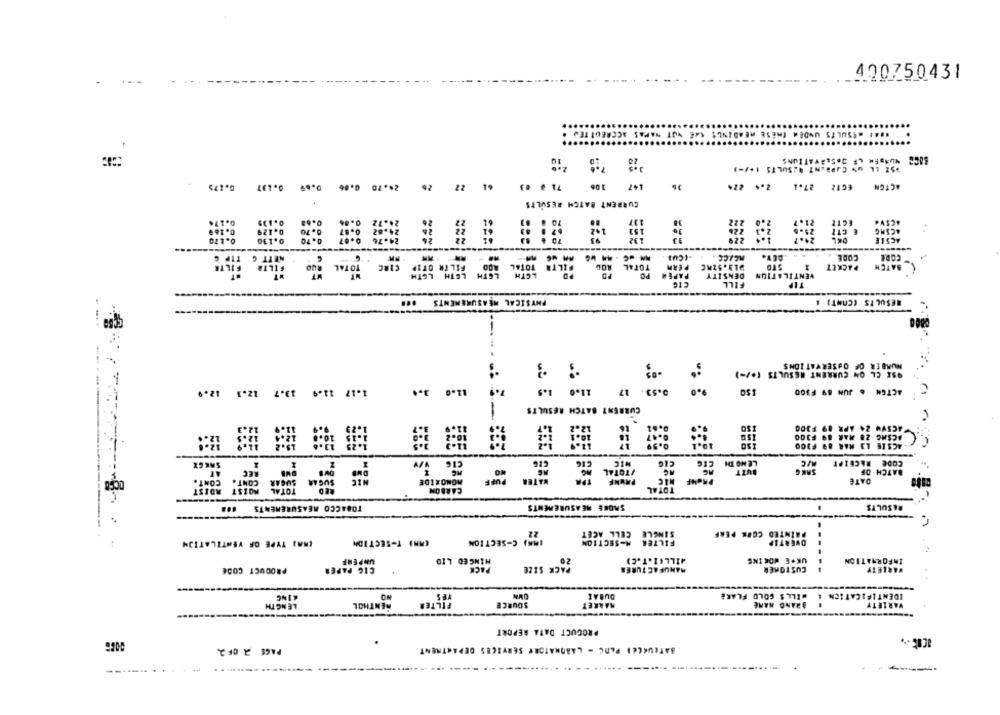
420750431
NUMBER LF DeSEAYATIUNS
0.275
0.69 0.137
0.86
24.70
26
22
71 0 03
147 106
2.4 224
EGTZ 27.1
ACTON
CURRENT BATCH RESULTS
0.174
0.135
ECTE
ACSVE
0.125
0.70
ACSHE
0.169
.
0.170
0.130
ACSIE
-----
NETT C
MCACC.
CODE
CODE
TOTAL NUO FILIA FILTR
CIRC
TOTAL
CELTA
PERN
STO
PACKET
BATCH
LGTH
PAPER PO
DENSITY
VENTILATION
FILL
TEP
...
PHYSICAL MEASUREMENTS
RESULTS (CONT) &
NUMBER OF OBSERVATIONS
OSX CL ON CURRENT RESULTS (+/-)
11.0 1.5
1.17 11.9 13.7 12.1 12.9
3.4
11.0
ACTON . JUN 89 F300
---
CURRENT BATCH RESULTS
VACSVW 24 APR 89 F300
10.0
ACSHG 28 MAR 89 F300
-ACSIE LI RAR 89 F300
-
SAKCX
LENO DH
CODE RECEIPT
AT
REC
VTOTAL
BATCH OF
SUGAR SUGAR CONT. CONT.
PUFF
WATER
DATE
MONOXIDE
PRUNE
TOTAL
ADIST
MOIST
TOTAL
CARBON
---
TOBACCO MEASUREMENTS
SMOKE MEASUREMENTS
RESULTS
22
SINGLE CELL ACET
PAINTED CORE PERF
IMAI TYPE OF VENTILATION
CANI T-SECTION
MM) C-SECTION
M-SECTION
FILTER
OVERTIP
4ILLER.T.C)
UK.E WDEINE
INFORMATION
UNPERF
MINCED LID
20
PRODUCT CODE
CIG PAPER
PACK
PACK SIZE
MANUFACTURER
CUSTOMER
VARIETY
DUBAI
IDENTIFICATION # MILLS GOLD FLAKE
KING
NO
HILTER
LENGTH
RENTHOL
SOURCE
MARKET
BRAND NAME
VARIETY
PRODUCT DATA REPORT
aCit .,
PAGE 2 OF 2
BATEUKLEI PADC - LABORATORY SERVICES DEPARTMENT